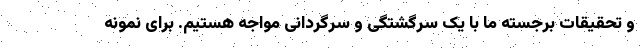
و تحقیقات برجسته ما با یک سرگشتگی و سرگردانی مواجه هستیم. برای نمونه